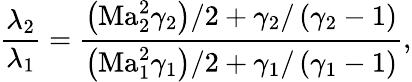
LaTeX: \frac{\lambda_{2}}{\lambda_{1}}=\frac{\left(\mathrm{Ma}_{2}^{2}\gamma_{2}\right)/2+\gamma_{2}/\left(\gamma_{2}-1\right)}{\left(\mathrm{Ma}_{1}^{2}\gamma_{1}\right)/2+\gamma_{1}/\left(\gamma_{1}-1\right)},